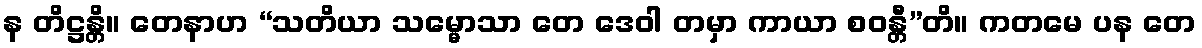
န တိဋ္ဌန္တိ။ တေနာဟ “သတိယာ သမ္မောသာ တေ ဒေဝါ တမှာ ကာယာ စဝန္တီ”တိ။ ကတမေ ပန တေ